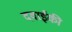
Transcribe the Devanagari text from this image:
दवाईकी